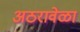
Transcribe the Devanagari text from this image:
अठरावेळा